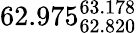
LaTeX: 62.975_{62.820}^{63.178}